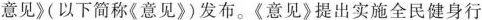
意见》(以下简称《意见》)发布。《意见》提出实施全民健身行